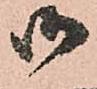
御